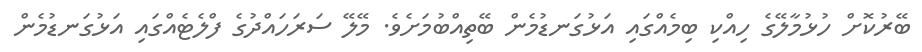
ބޭރުކޮށް ހުޅުމާލޭގެ ހިއްކި ބިމެއްގައި އަޅުގަނޑުމެން ބޭތިއްބުމަށެވެ. މޭލޭ ސަރަހައްދުގެ ފްލެޓެއްގައި އަޅުގަނޑުމެން